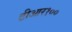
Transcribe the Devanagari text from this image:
टीआर१००